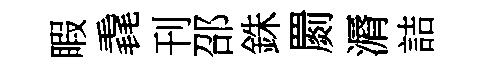
睱毳刊邵銖罽漘詰